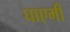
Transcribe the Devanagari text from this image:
घाएमी